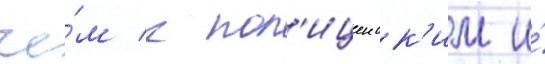
че́м к пол'ицеиск'им и́